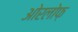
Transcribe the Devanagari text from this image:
ओरलोफ़